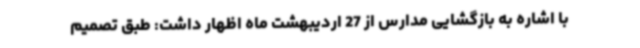
با اشاره به بازگشایی مدارس از 27 اردیبهشت ماه اظهار داشت: طبق تصمیم